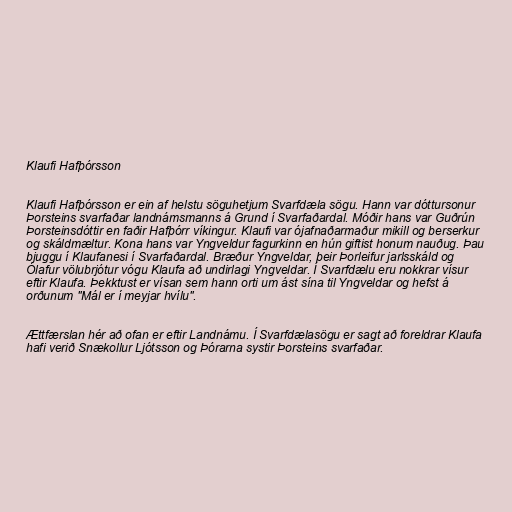
Klaufi Hafþórsson

Klaufi Hafþórsson er ein af helstu söguhetjum Svarfdæla sögu. Hann var dóttursonur
Þorsteins svarfaðar landnámsmanns á Grund í Svarfaðardal. Móðir hans var Guðrún
Þorsteinsdóttir en faðir Hafþórr víkingur. Klaufi var ójafnaðarmaður mikill og berserkur
og skáldmæltur. Kona hans var Yngveldur fagurkinn en hún giftist honum nauðug. Þau
bjuggu í Klaufanesi í Svarfaðardal. Bræður Yngveldar, þeir Þorleifur jarlsskáld og
Ólafur völubrjótur vógu Klaufa að undirlagi Yngveldar. Í Svarfdælu eru nokkrar vísur
eftir Klaufa. Þekktust er vísan sem hann orti um ást sína til Yngveldar og hefst á
orðunum "Mál er í meyjar hvílu".

Ættfærslan hér að ofan er eftir Landnámu. Í Svarfdælasögu er sagt að foreldrar Klaufa
hafi verið Snækollur Ljótsson og Þórarna systir Þorsteins svarfaðar.